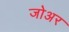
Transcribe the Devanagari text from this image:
जोअर